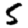
Digit: 5